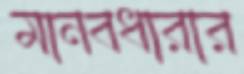
মানবধারার